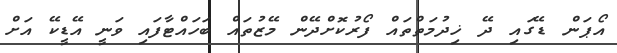
އޯޕަން ޑޭގައި ދޭ ޚިދުމަތްތައް ފޯރުކޮށްދޭން މޭޒުތައް ބަހައްޓާފައި ވަނީ އޭޑީކޭ އަށް